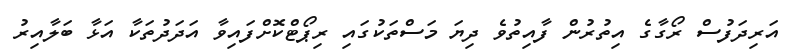
އަރިދަފުސް ރޯގާގެ އިތުރުން ފާއިތުވެ ދިޔަ މަސްތަކުގައި ރިޕޯޓްކޮށްފައިވާ އަދަދުތަކާ އަޅާ ބަލާއިރު